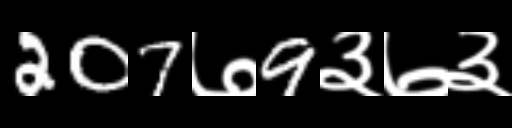
Text: 207७9३७३